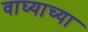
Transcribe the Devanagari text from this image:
वाघ्याच्या